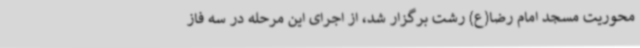
محوریت مسجد امام رضا(ع) رشت برگزار شد، از اجرای این مرحله در سه فاز